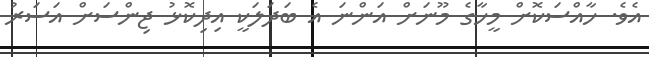
އެވެ. ހާއްސަކޮށް މީހާގެ މޫނަށް އަންނަ އެ ބަދަލަކީ އިދިކޮޅު ޖިންސަށް އަސަރު